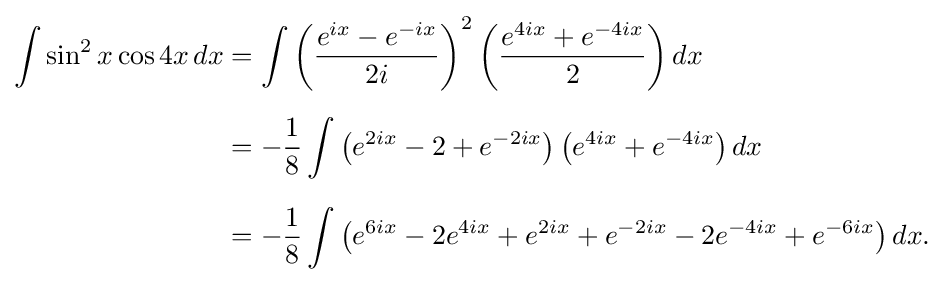
{\begin{aligned}\int \sin ^{2}x\cos 4x\,dx&=\int \left({\frac {e^{ix}-e^{-ix}}{2i}}\right)^{2}\left({\frac {e^{4ix}+e^{-4ix}}{2}}\right)dx\\[6pt]&=-{\frac {1}{8}}\int \left(e^{2ix}-2+e^{-2ix}\right)\left(e^{4ix}+e^{-4ix}\right)dx\\[6pt]&=-{\frac {1}{8}}\int \left(e^{6ix}-2e^{4ix}+e^{2ix}+e^{-2ix}-2e^{-4ix}+e^{-6ix}\right)dx.\end{aligned}}